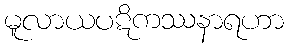
မူလာယပဋိကဿနာရဟာ